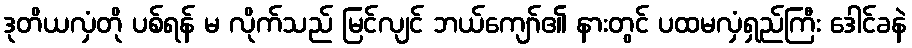
ဒုတိယလှံတို ပစ်ရန် မ လိုက်သည် မြင်လျင် ဘယ်ကျော်၏ နားတွင် ပထမလှံရှည်ကြီး ဒေါင်ခနဲ